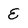
Character: E